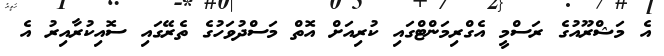
އެ މަޝްރޫއުގެ ރަސްމީ އެގްރިމަންޓްގައި ކުރިއަށް އޮތް މަސްދުވަހުގެ ތެރޭގައި ސޮއިކުރާއިރު އެ